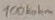
Text: 100kohm